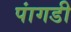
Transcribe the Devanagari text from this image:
पांगडी